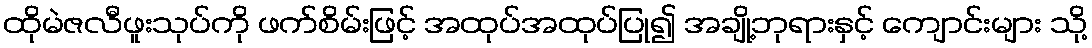
ထိုမဲဇလီဖူးသုပ်ကို ဖက်စိမ်းဖြင့် အထုပ်အထုပ်ပြု၍ အချို့ဘုရားနှင့် ကျောင်းများ သို့